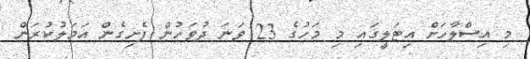
މި އިސްލާހަށް އިޓަލީގައި މި މަހުގެ 23 ވަނަ ދުވަހުން ފެށިގެން އަމަލުކުރަން